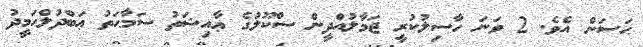
ޙަސަން އެވެ. 2 ވަނަ ހާސިލުކުރީ ޖަމާލުއްދީން ސްކޫލުގެ ޢާއިޝަތު ސަމާޙަތު ޢަބްދުލްޙަމީދު